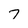
Character: 7